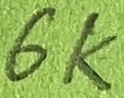
Text: 6K